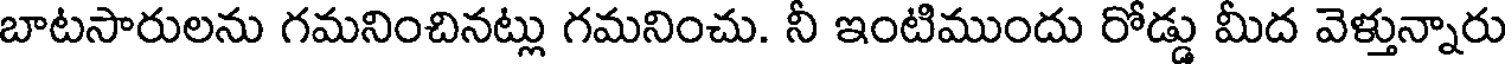
బాటసారులను గమనించినట్లు గమనించు. నీ ఇంటిముందు రోడ్డు మీద వెళ్తున్నారు